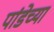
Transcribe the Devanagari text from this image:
पांडेच्या